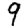
Digit: 9